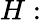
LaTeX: H: